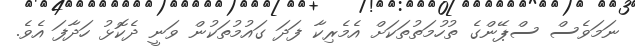
ނަމަވެސް ސްޕޭންގެ ތުހުމަތުތަކަށް އެމެރިކާ ފަދަ ގައުމުތަކުން ވަނީ ދެކޮޅު ހަދާފަ އެވެ.